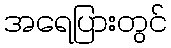
အရေပြားတွင်